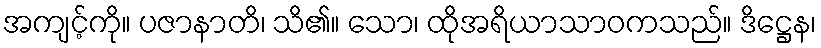
အကျင့်ကို။ ပဇာနာတိ၊ သိ၏။ သော၊ ထိုအရိယာသာဝကသည်။ ဒိဋ္ဌေန၊